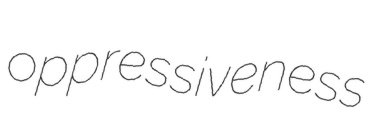
oppressiveness